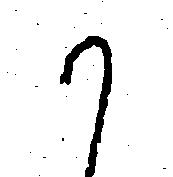
か